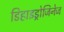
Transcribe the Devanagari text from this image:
डिहाइड्रोजिनेज